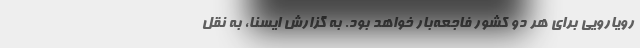
رویارویی برای هر دو کشور فاجعه‌بار خواهد بود. به گزارش ایسنا، به نقل